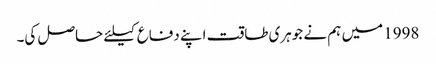
1998 میں ہم نے جوہری طاقت اپنے دفاع کیلئے حاصل کی۔